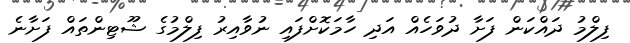
ފިލްމު ދައްކަން ފަށާ ދުވަހެއް އަދި ހާމަކޮށްފައި ނުވާއިރު ފިލްމުގެ ޝޫޓިންތައް ފަށާނެ